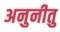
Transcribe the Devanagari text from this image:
अनुनीतु